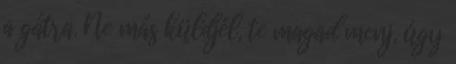
a gátra. Ne más küldjél, te magad menj, úgy